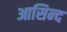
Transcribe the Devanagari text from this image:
आसिन्‍द